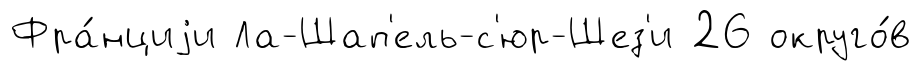
Фра́нциjи Ла-Шап'ель-с'юр-Шез'и 26 округо́в